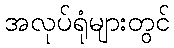
အလုပ်ရုံများတွင်